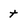
Character: t